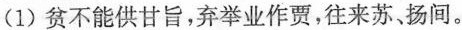
(1) 贫不能供甘旨，弃举业作贾，往来苏、扬间。